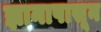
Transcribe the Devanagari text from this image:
ज्ञानापासून